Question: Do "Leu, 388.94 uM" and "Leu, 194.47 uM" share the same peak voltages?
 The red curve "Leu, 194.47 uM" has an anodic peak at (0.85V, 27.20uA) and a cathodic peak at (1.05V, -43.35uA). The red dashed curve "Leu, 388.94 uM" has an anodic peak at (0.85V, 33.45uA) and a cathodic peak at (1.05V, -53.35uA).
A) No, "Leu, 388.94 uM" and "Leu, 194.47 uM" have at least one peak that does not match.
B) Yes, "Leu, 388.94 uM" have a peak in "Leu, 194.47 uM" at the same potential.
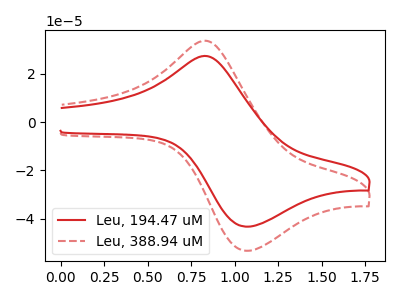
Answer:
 <answer>B) Yes, "Leu, 388.94 uM" have a peak in "Leu, 194.47 uM" at the same potential.</answer>
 <eval>B</eval>